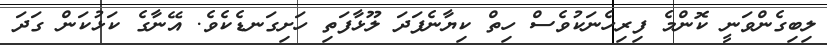
ލިބިގެންވަނީ ކޮންމެ ފިރިހެނަކުވެސް ހިތް ކިޔާނެފަދަ ލޫޅާފަތި ހަށިގަނޑެކެވެ. އޭނާގެ ކަޅުކަން ގަދަ